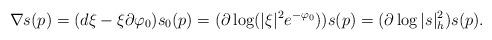
LaTeX: \begin{align*}\nabla s(p) = (d \xi - \xi \partial \varphi_{0})s_{0}(p) = (\partial \log (|\xi|^2e^{-\varphi_{0}}))s(p) = (\partial \log |s|^2_{h})s(p). \end{align*}